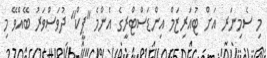
މި ސެމިނަރ އަށް ޓުއަރިޒަމް އިންޑަސްޓްރީގެ އެންމެ "ޕީކް" ދުވަސްވަރު ބޭއްވޭ މި